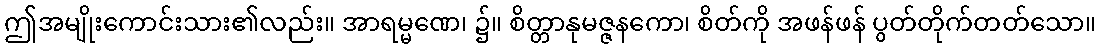
ဤအမျိုးကောင်းသား၏လည်း။ အာရမ္မဏေ၊ ၌။ စိတ္တာနုမဇ္ဇနကော၊ စိတ်ကို အဖန်ဖန် ပွတ်တိုက်တတ်သော။